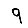
Digit: 9